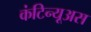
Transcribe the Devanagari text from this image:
कंटिन्यूअस